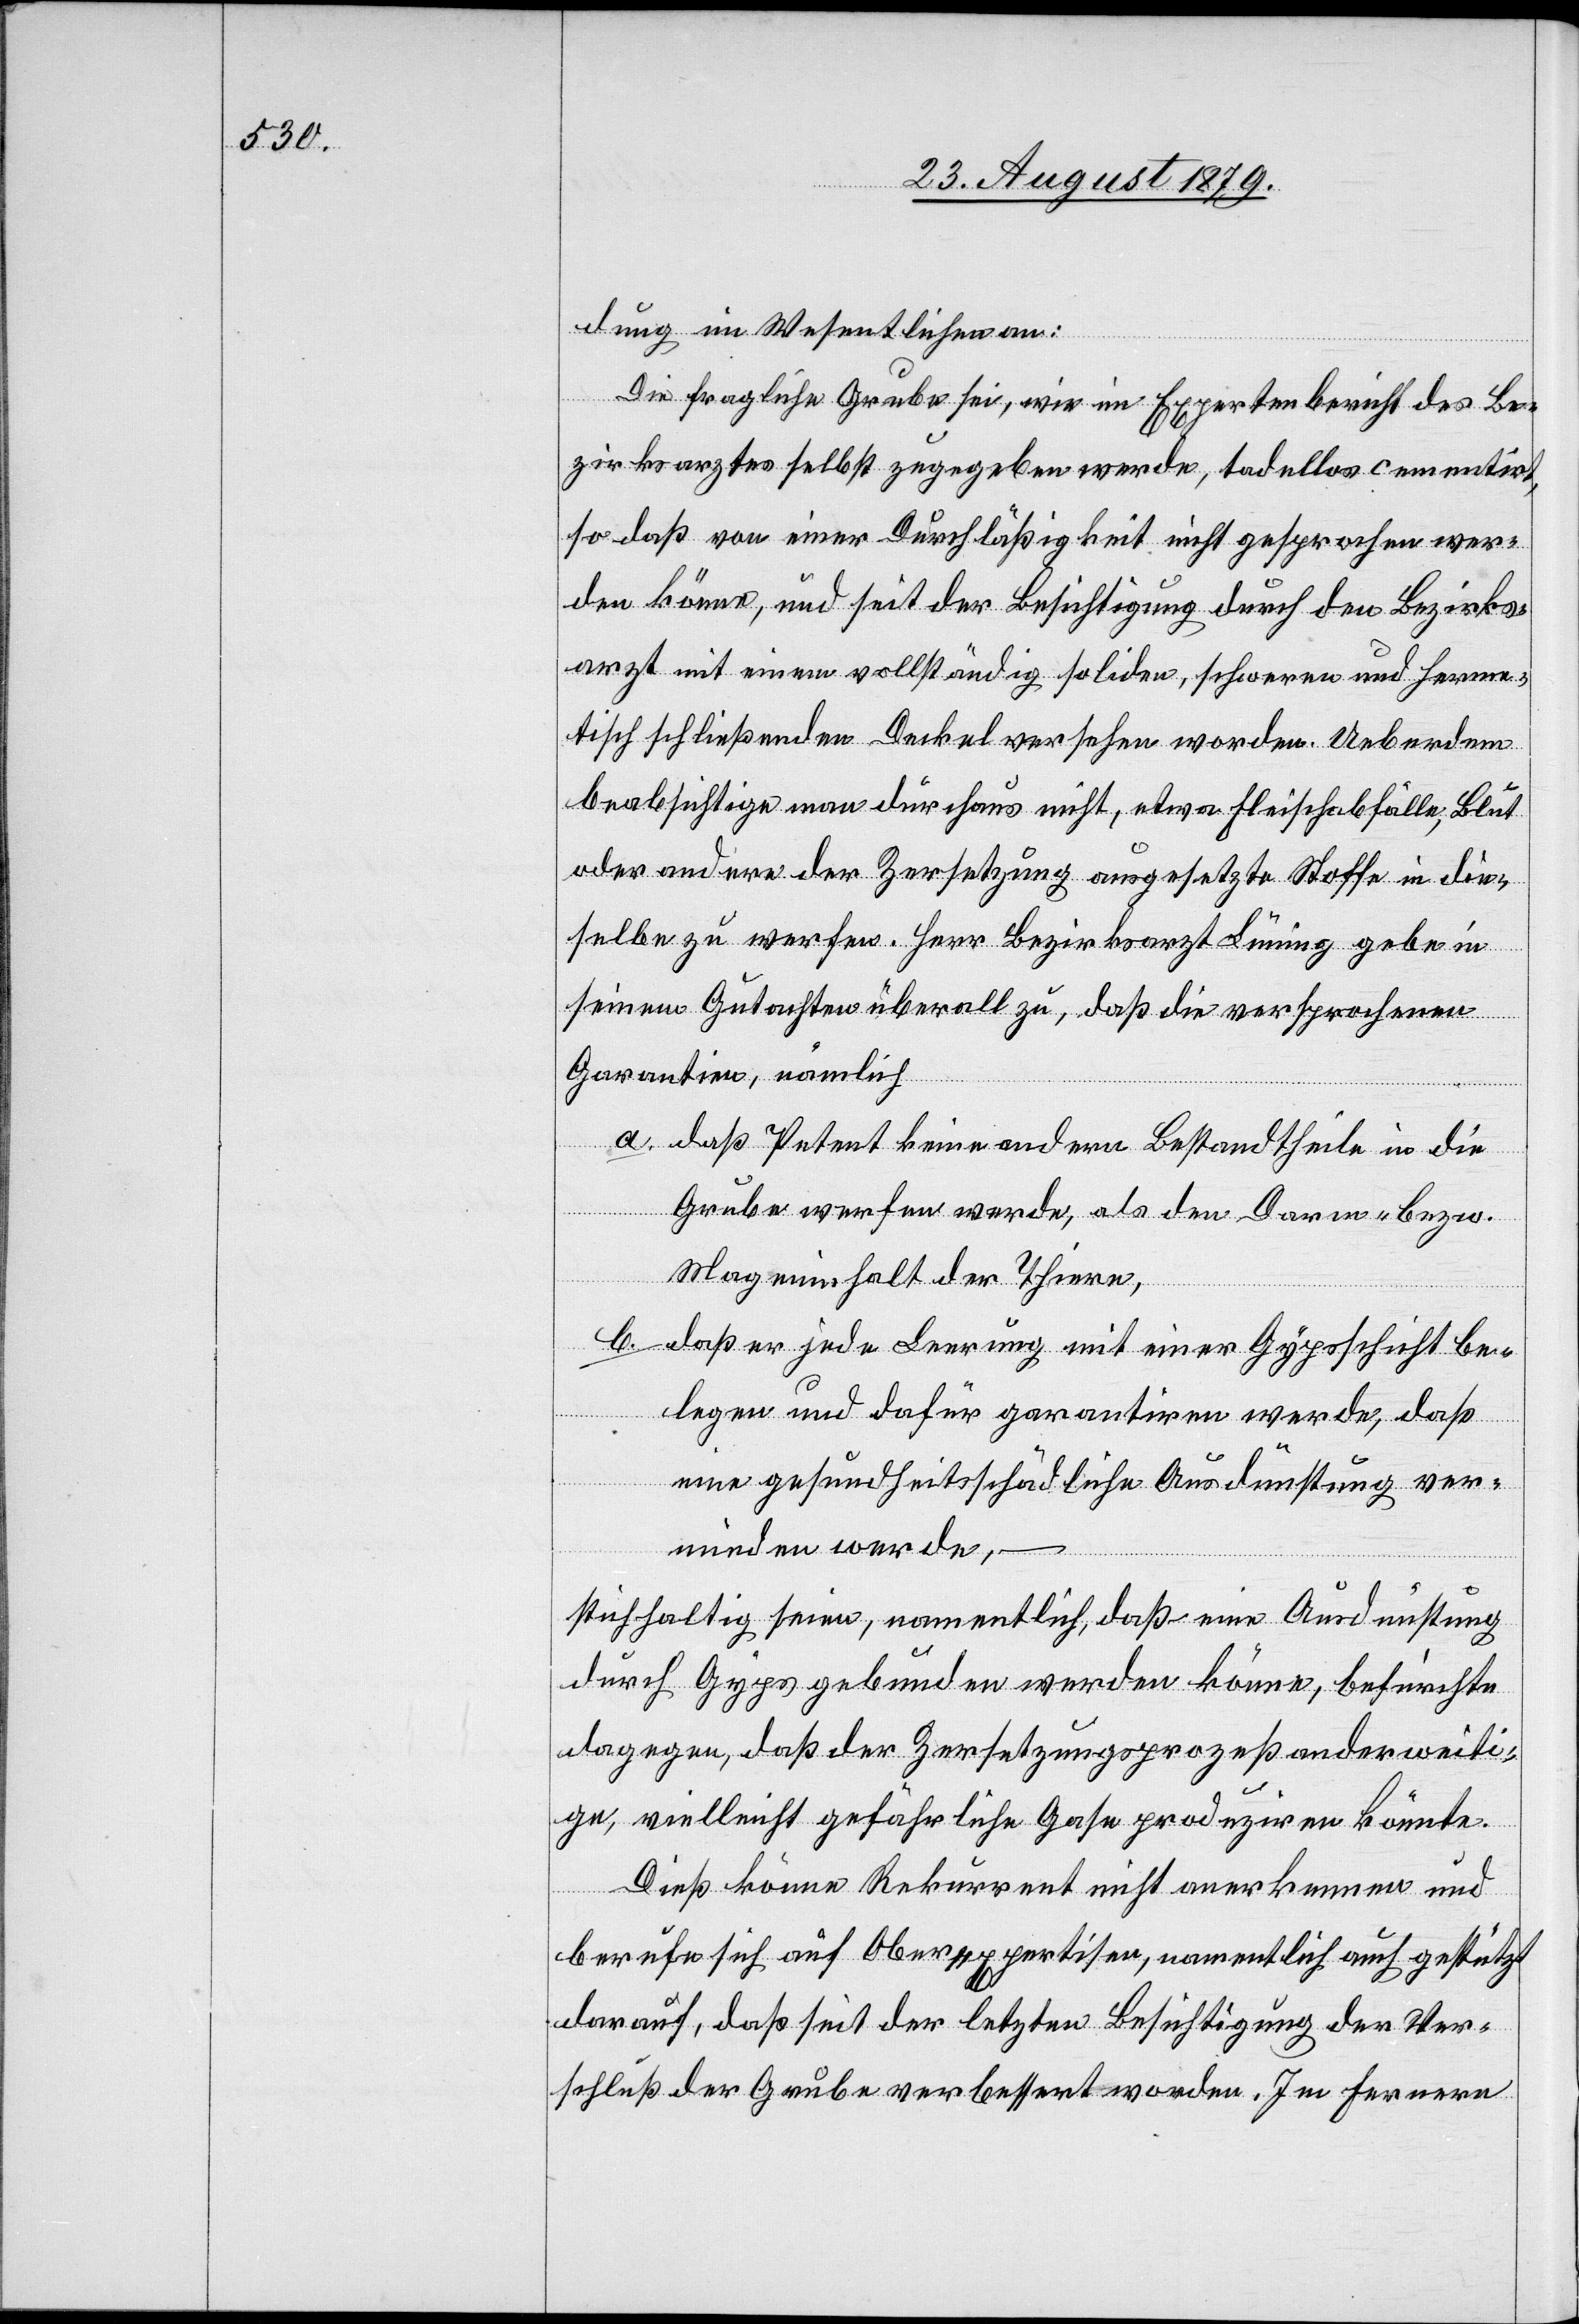
dung im Wesentlichen an:
Die fragliche Grube sei, wie im Expertenbericht des Be¬
zirksarztes selbst zugegeben werde, tadellos cementirt,
so daß von einer Durchlässigkeit nicht gesprochen wer¬
den könne, und seit der Besichtigung durch den Bezirks¬
arzt mit einem vollständig soliden, schweren und herme¬
tisch schließenden Deckel versehen worden. Ueberdem
beabsichtige man durchaus nicht, etwa Fleischabfälle, Blut
oder andere der Zersetzung ausgesetzte Stoffe in die¬
selbe zu werfen. Herr Bezirksarzt Lüning gebe in
seinem Gutachten überall zu, daß die versprochenen
Garantien, nämlich
b.
daß Petent keine andern Bestandtheile in die
Grube werfen werde, als den Darm- bezw.
Mageninhalt der Thiere,
daß er jede Leerung mit einer Gypsschicht be¬
legen und dafür garantiren werde, daß
eine gesundheitsschädliche Ausdünstung ver¬
mieden werde,
stichhaltig seien, namentlich, daß eine Ausdünstung
durch Gyps gebunden werden könne, befürchte
dagegen, daß der Zersetzungsprozeß anderweiti¬
ge, vielleicht gefährliche Gase produziren könnte.
Dieß könne Rekurrent nicht anerkennen und
berufe sich auf Oberexpertisen, namentlich auch gestützt
darauf, daß seit der letzten Besichtigung der Ver¬
schluß der Grube verbessert worden. Im Ferneren